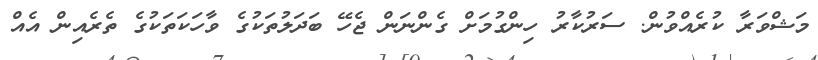
މަޝްވަރާ ކުރެއްވުން. ސަރުކާރު ހިންގުމަށް ގެންނަން ޖެހޭ ބަދަލުތަކުގެ ވާހަކަތަކުގެ ތެރެއިން އެެއް